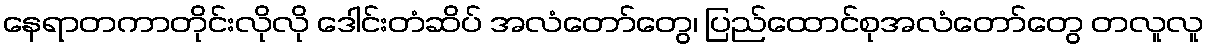
နေရာတကာတိုင်းလိုလို ဒေါင်းတံဆိပ် အလံတော်တွေ၊ ပြည်ထောင်စုအလံတော်တွေ တလူလူ